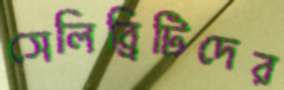
সেলিব্রিটিদের